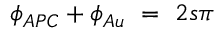
\phi _ { A P C } + \phi _ { A u } ~ = ~ 2 s \pi